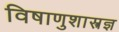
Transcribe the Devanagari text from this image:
विषाणुशास्त्रज्ञ